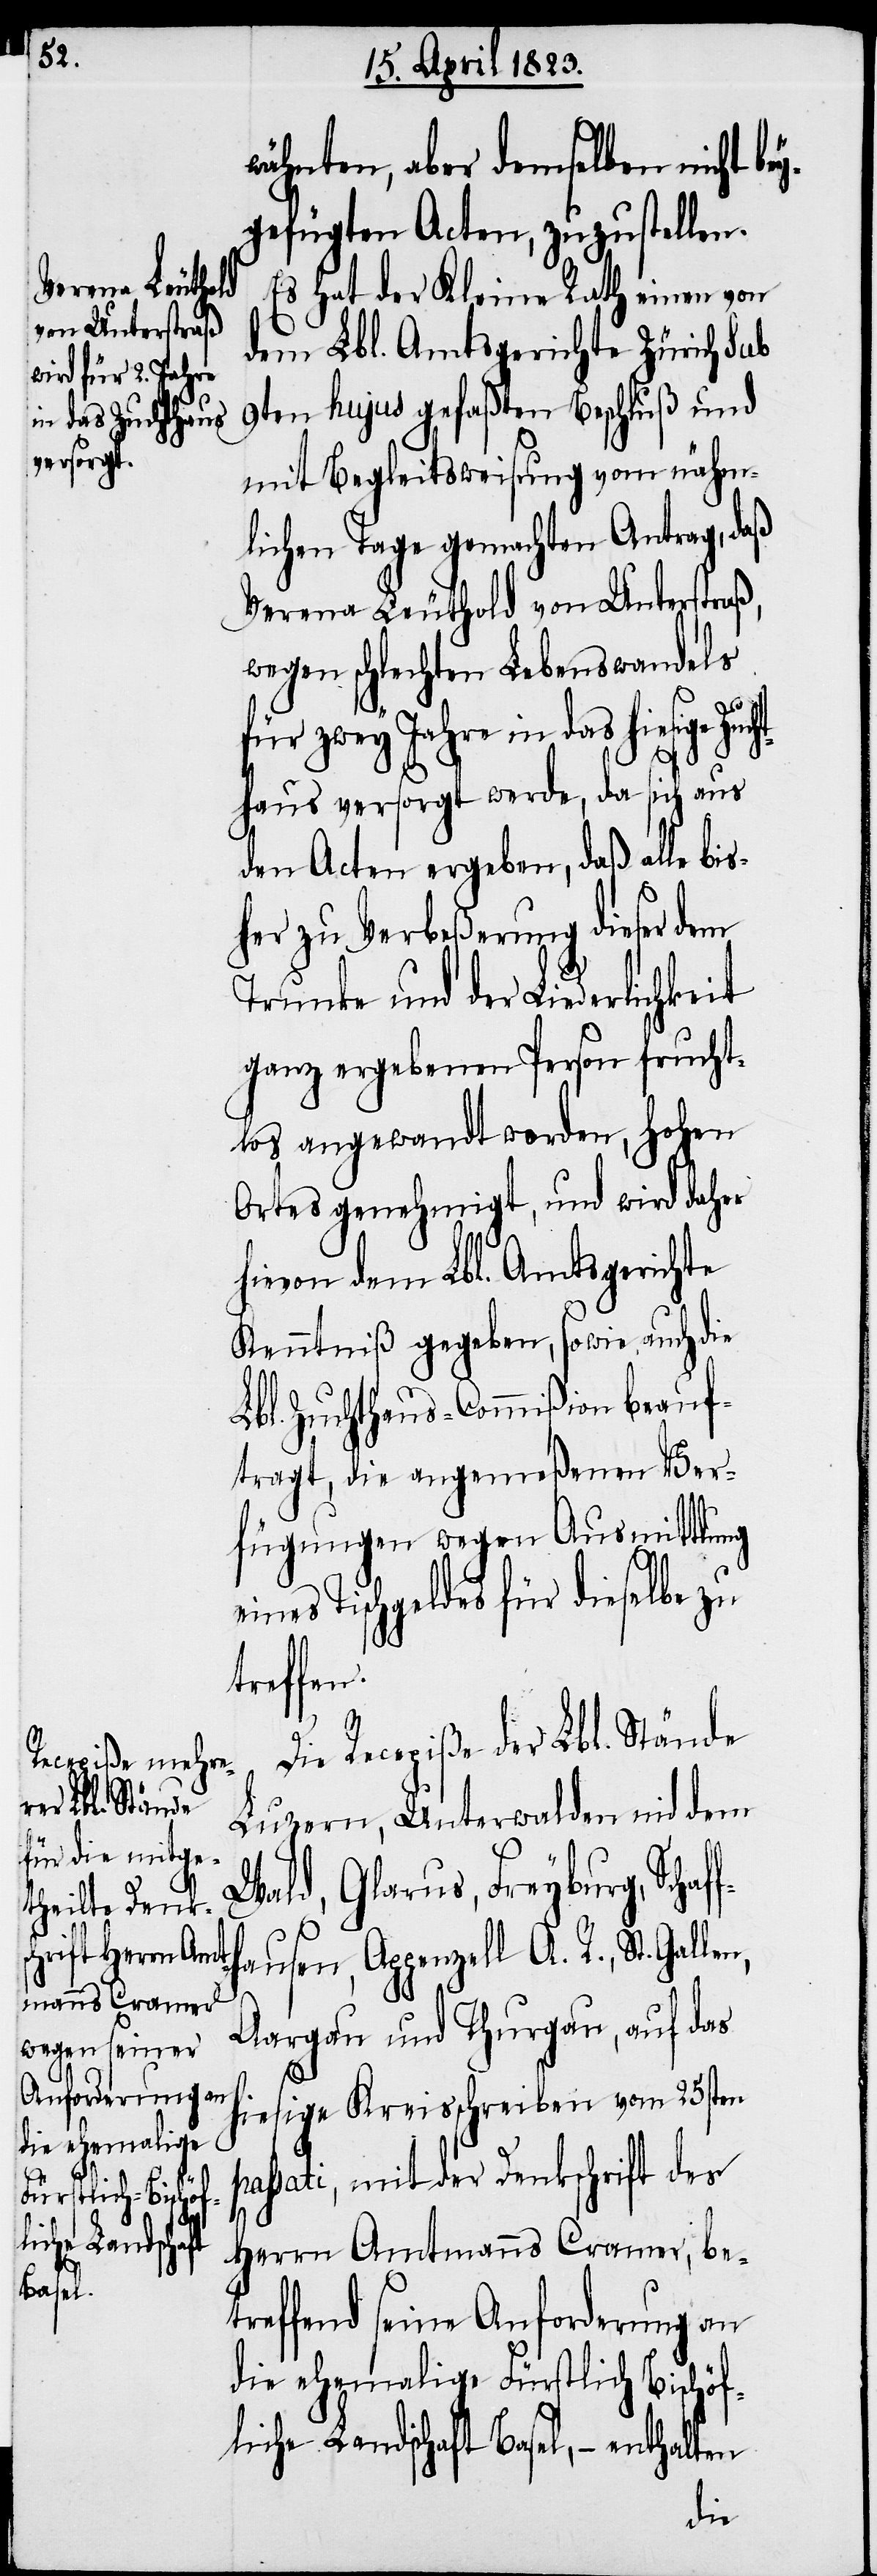
fh¬

wähnten, aber demselben nicht bey¬
gefügten Acten, zuzustellen.
Es hat der Kleine Rath einen von
dem Lbl. Amtsgerichte Zürich sub
9ten hujus gefaßten Beschluß und
mit Begleitsweisung vom nähm¬
lichen Tage gemachten Antrag, daß
Verena Leuthold von Unterstraß,
wegen schlechten Lebenswandels
für zwey Jahre in das hiesige Zu¬
p¬
haus versorgt werde, da sich aus
den Acten ergeben, daß alle bis¬
her zu Verbeßerung dieser dem
Trunke und der Liederlichkeit
ganz ergebenen Person frucht¬
los angewandt worden, hohen
Ortes genehmigt, und wird daher
hievon dem Lbl. Amtsgerichte
Kenntniß gegeben, sowie auch die
Lbl. Zuchthaus-Commißion beauf¬
tragt, die angemeßenen Ver¬
fügungen wegen Ausmittlung
eines Tischgeldes für dieselbe zu
treffen.
Die Recepiße der Lbl. Stände
Luzern, Unterwalden nid dem
Wald, Glarus, Freyburg, Schaf¬
ausen, Appenzell A. R., St. Gallen,
Aargau und Thurgau, auf das
hiesige Kreisschreiben vom 25sten
assati, mit der Denkschrift des
Herrn Amtmanns Cramer, be¬
treffend seine Anforderung an
die ehemalige Fürstlich Bischöf¬
liche Landschaft Basel, – enthalten